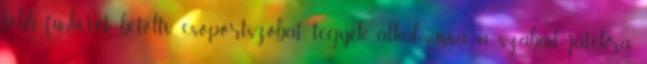
több funkciót betöltı csoportszobát tegyék alkalmassá a szabad játékra,